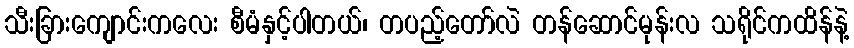
သီးခြားကျောင်းကလေး စီမံနှင့်ပါတယ်၊ တပည့်တော်လဲ တန်ဆောင်မုန်းလ သရိုင်ကထိန်နဲ့